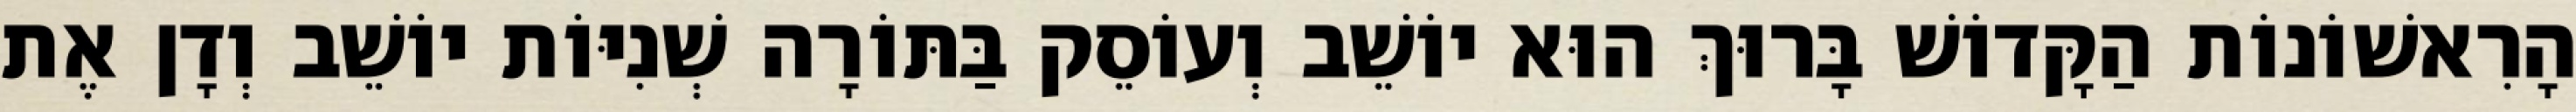
הָרִאשׁוֹנוֹת הַקָּדוֹשׁ בָּרוּךְ הוּא יוֹשֵׁב וְעוֹסֵק בַּתּוֹרָה שְׁנִיּוֹת יוֹשֵׁב וְדָן אֶת